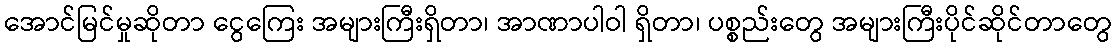
အောင်မြင်မှုဆိုတာ ငွေကြေး အများကြီးရှိတာ၊ အာဏာပါဝါ ရှိတာ၊ ပစ္စည်းတွေ အများကြီးပိုင်ဆိုင်တာတွေ